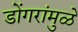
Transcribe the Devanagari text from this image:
डोंगरांमुळे